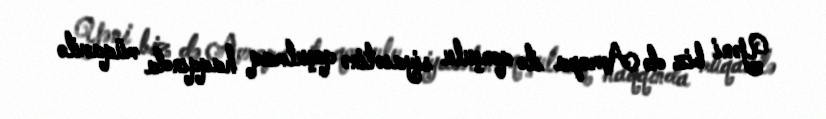
Yəni biz də Avropa ilə qonşulu siyasətinə qoşulmaq haqqında müqavilə